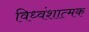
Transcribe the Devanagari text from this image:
विध्वंशात्मक